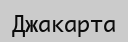
Джакарта